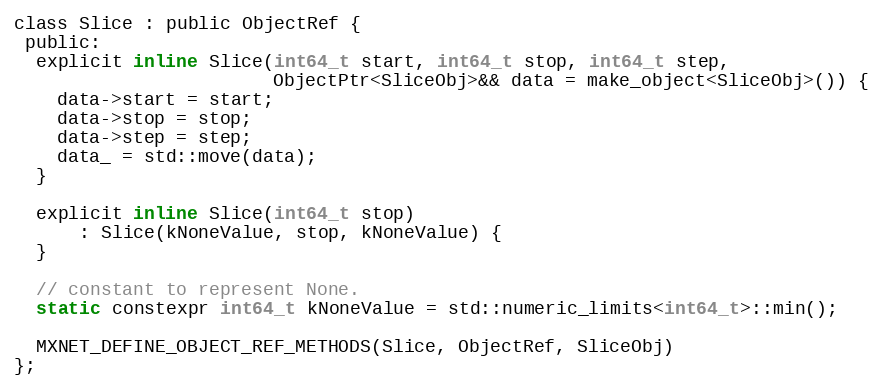
Language: C
class Slice : public ObjectRef {
 public:
  explicit inline Slice(int64_t start, int64_t stop, int64_t step,
                        ObjectPtr<SliceObj>&& data = make_object<SliceObj>()) {
    data->start = start;
    data->stop = stop;
    data->step = step;
    data_ = std::move(data);
  }

  explicit inline Slice(int64_t stop)
      : Slice(kNoneValue, stop, kNoneValue) {
  }

  // constant to represent None.
  static constexpr int64_t kNoneValue = std::numeric_limits<int64_t>::min();

  MXNET_DEFINE_OBJECT_REF_METHODS(Slice, ObjectRef, SliceObj)
};